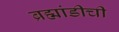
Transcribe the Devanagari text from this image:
ब्रह्मांडीची